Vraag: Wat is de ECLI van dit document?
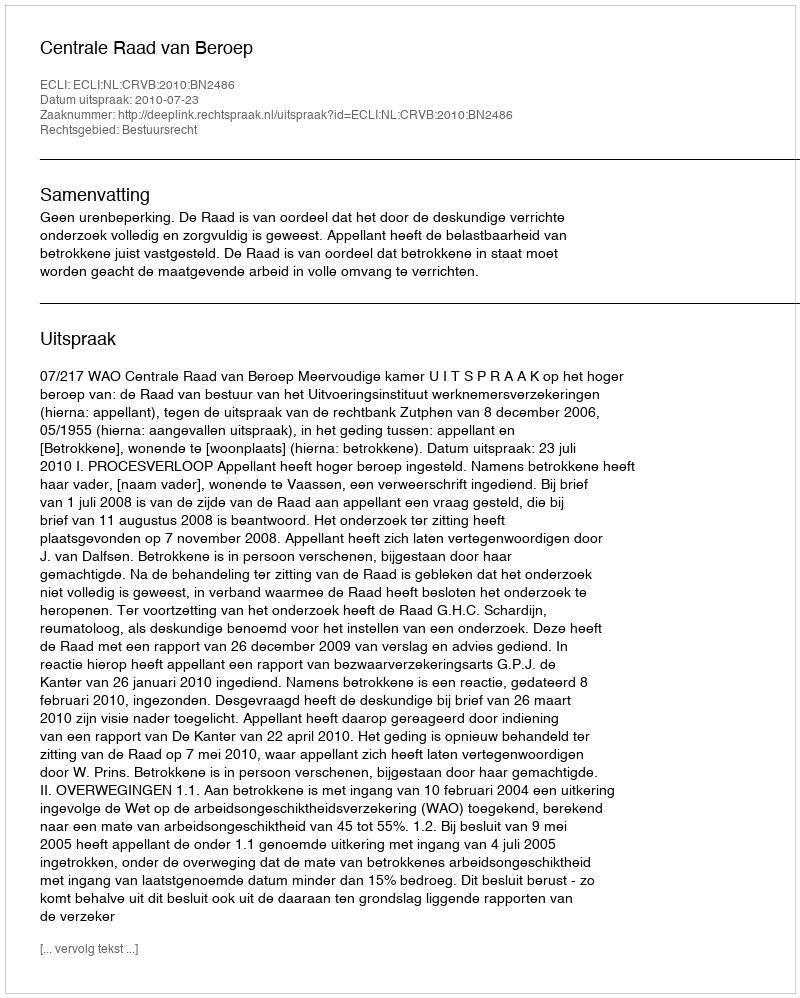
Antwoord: ECLI:NL:CRVB:2010:BN2486